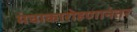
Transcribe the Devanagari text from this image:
मंचाकारोहणानंतर